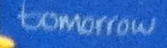
tomorrow